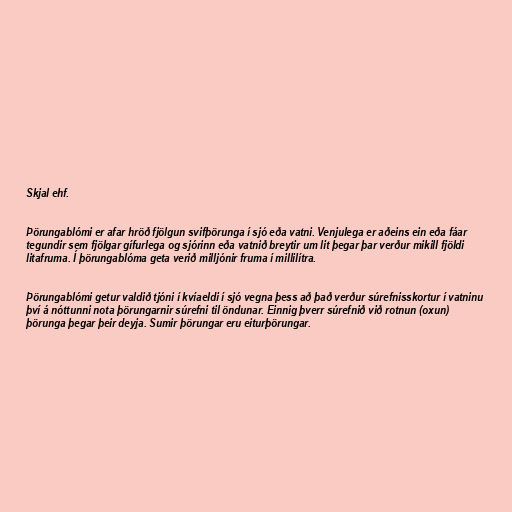
Skjal ehf.

Þörungablómi er afar hröð fjölgun svifþörunga í sjó eða vatni. Venjulega er aðeins ein eða fáar
tegundir sem fjölgar gífurlega og sjórinn eða vatnið breytir um lit þegar þar verður mikill fjöldi
litafruma. Í þörungablóma geta verið milljónir fruma í millilítra.

Þörungablómi getur valdið tjóni í kvíaeldi í sjó vegna þess að það verður súrefnisskortur í vatninu
því á nóttunni nota þörungarnir súrefni til öndunar. Einnig þverr súrefnið við rotnun (oxun)
þörunga þegar þeir deyja. Sumir þörungar eru eiturþörungar.